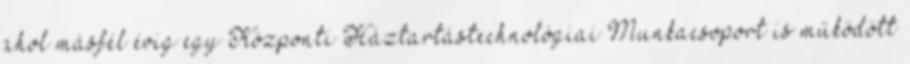
ahol másfél évig egy Központi Háztartástechnológiai Munkacsoport is működött